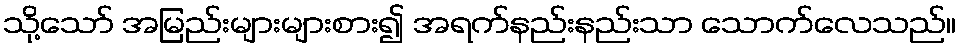
သို့သော် အမြည်းများများစား၍ အရက်နည်းနည်းသာ သောက်လေသည်။